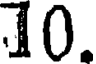
10.